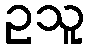
ဥသူ